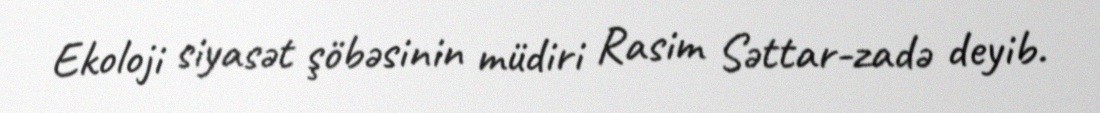
Ekoloji siyasət şöbəsinin müdiri Rasim Səttar-zadə deyib.